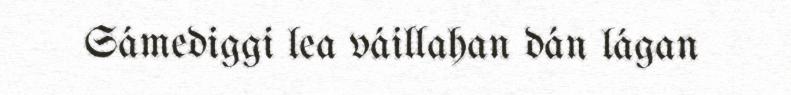
Sámediggi lea váillahan dán lágan